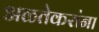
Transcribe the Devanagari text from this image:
अळतेकरांना